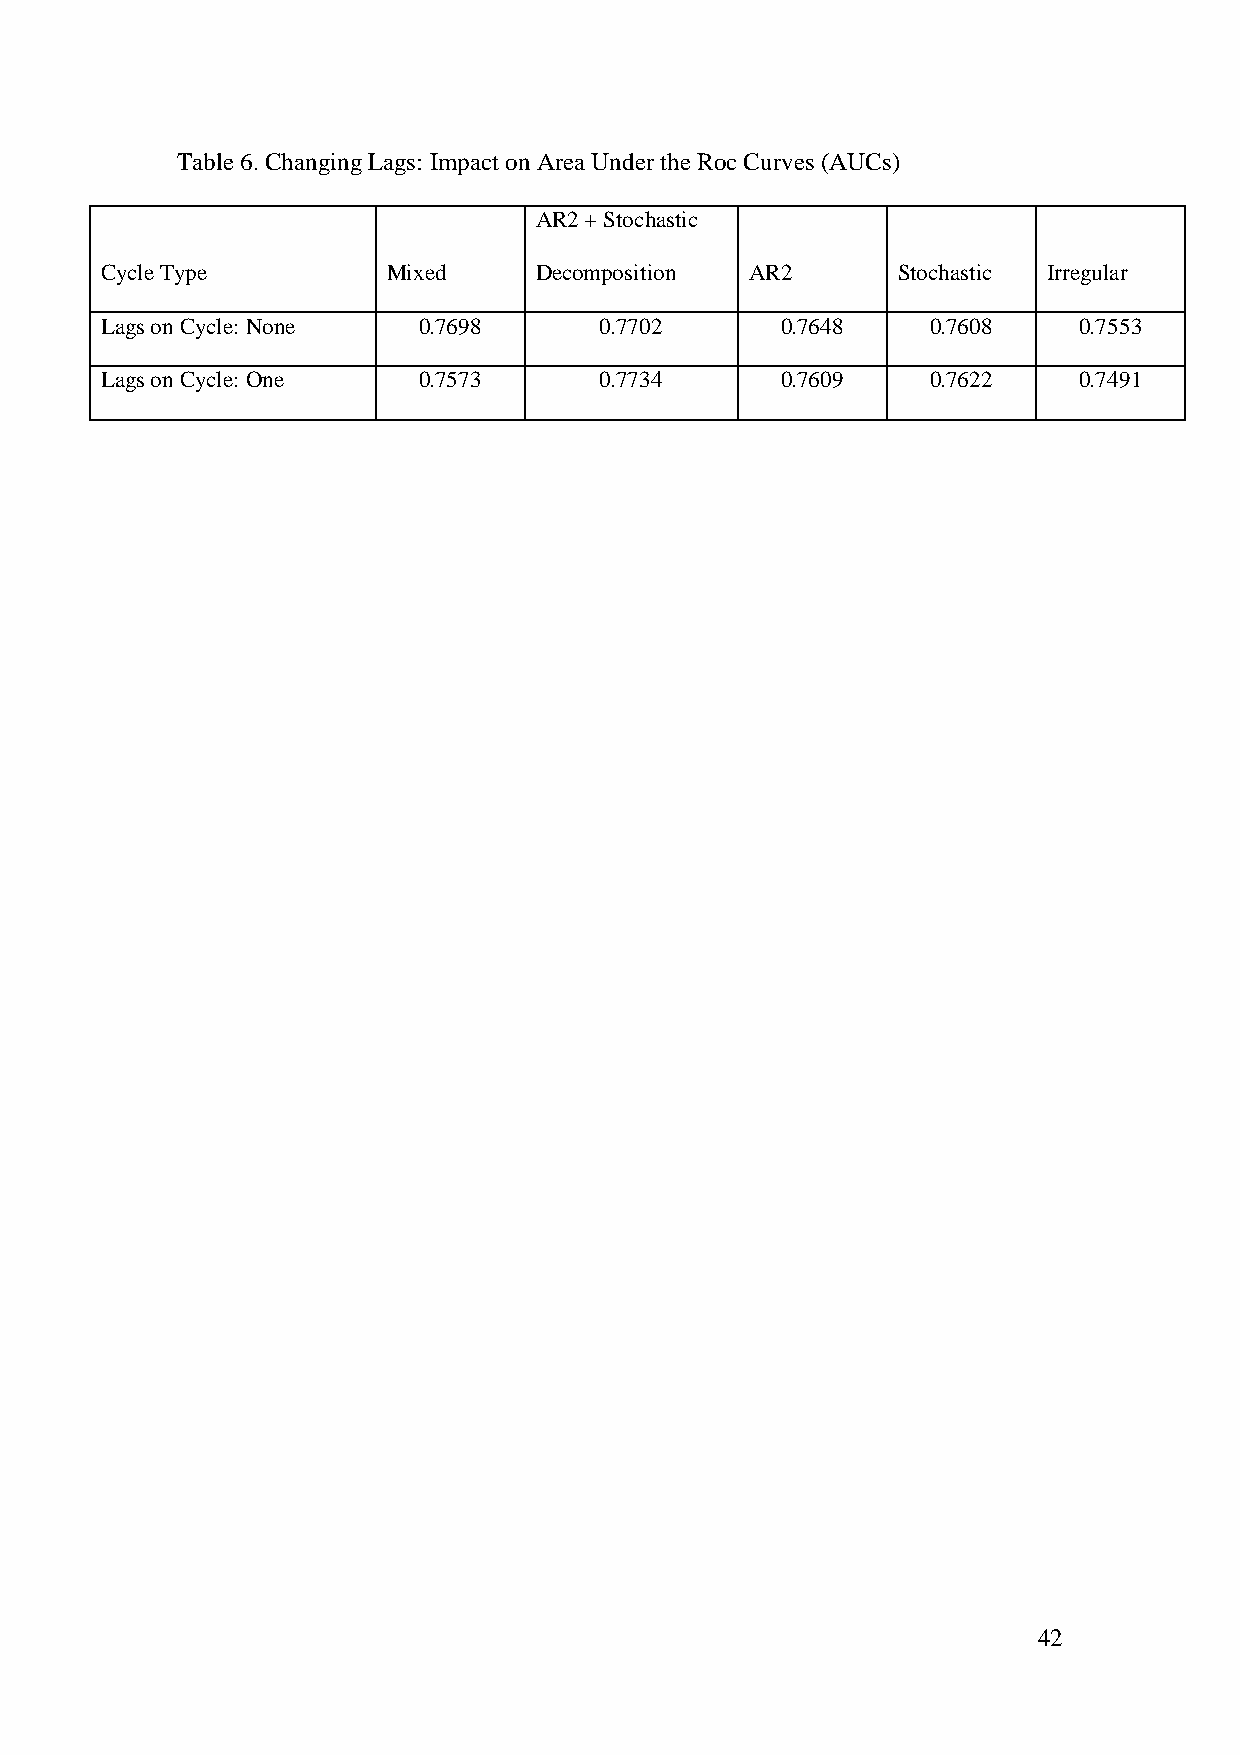
Table 6. Changing Lags: Impact on Area Under the Roc Curves (AUCs)
 AR2 + Stochastic
 Cycle Type         Mixed    Decomposition  AR2      Stochastic Irregular
 Lags on Cycle: None  0.7698      0.7702      0.7648    0.7608   0.7553
 Lags on Cycle: One   0.7573      0.7734      0.7609    0.7622   0.7491
 42